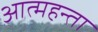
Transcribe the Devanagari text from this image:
आत्महन्ता